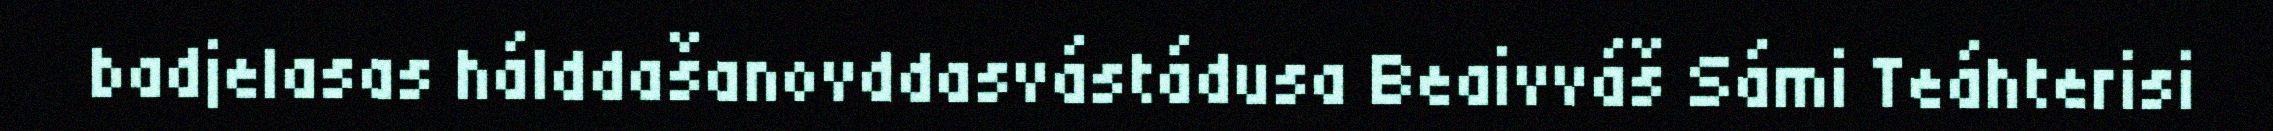
badjelasas hálddašanovddasvástádusa Beaivváš Sámi Teáhterisi